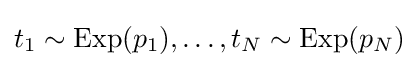
t_{1}\sim \mathrm {Exp} (p_{1}),\dots ,t_{N}\sim \mathrm {Exp} (p_{N})